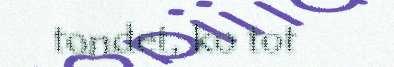
tondet, ko tot